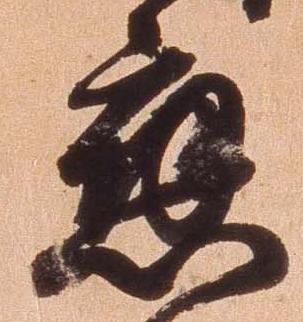
応